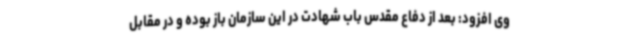
وی افزود: بعد از دفاع مقدس باب شهادت در این سازمان باز بوده و در مقابل